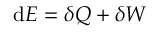
\mathrm { d } E = \delta Q + \delta W